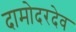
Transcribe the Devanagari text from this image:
दामोदरदेव